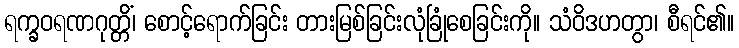
ရက္ခဝရဏဂုတ္တိံ၊ စောင့်ရောက်ခြင်း တားမြစ်ခြင်းလုံခြုံစေခြင်းကို။ သံဝိဒဟတွာ၊ စီရင်၏။